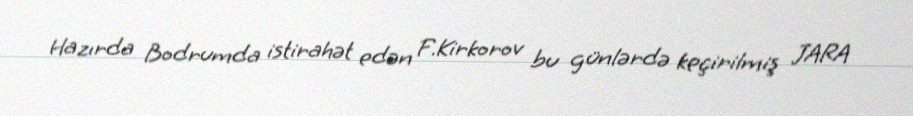
Hazırda Bodrumda istirahət edən F.Kirkorov bu günlərdə keçirilmiş JARA